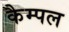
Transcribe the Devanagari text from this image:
कैम्पल